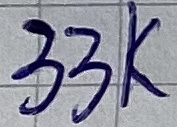
Text: 33K